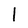
Character: 1